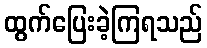
ထွက်ပြေးခဲ့ကြရသည်